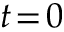
t \! = \! 0